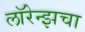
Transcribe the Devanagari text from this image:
लॉरेन्झचा